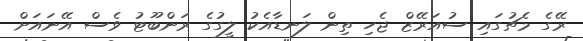
ރޭގެ މެޗުގައި ސުއަރޭޒް ޖެހި ތިން ލަނޑާއެކު ލީގުގެ ރަންބޫޓު ވެސް އޭނައަށް